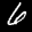
Label: 6